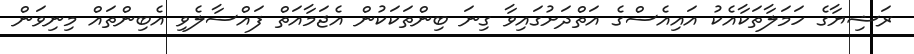
ރަޝިޔާގެ ހަމަލާތަކާއެކު އައިއެސްގެ އަތްދަށުގައިވާ ގިނަ ބިންތަކަކުން އެޖަމާއަތް ފައްސާލެވި އެބިންތައް މިނިވަން